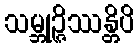
သမ္ဘုဉ္ဇိဿန္တိပိ